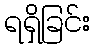
ရရှိခြင်း